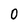
Character: 0